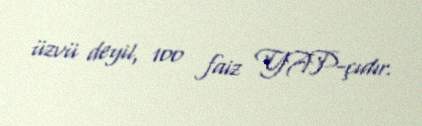
üzvü deyil, 100 faiz YAP-çıdır.